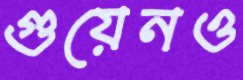
গুয়েনও